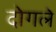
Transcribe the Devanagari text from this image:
दोगले